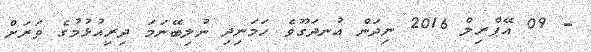
- 09 އޭޕްރިލް 2016 ނިދަން އުނދަގޫވެ ހަމަނިދި ނުލިބޭނަމަ ދިރިއުޅުމުގެ ވަރަށް